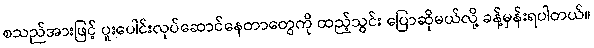
စသည်အားဖြင့် ပူးပေါင်းလုပ်ဆောင်နေတာတွေကို ထည့်သွင်း ပြောဆိုမယ်လို့ ခန့်မှန်းရပါတယ်။